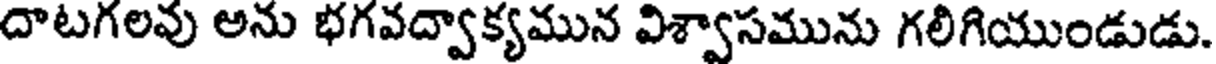
దాటగలవు అను భగవద్వాక్యమున విశ్వాసమును గలిగియుండుడు.